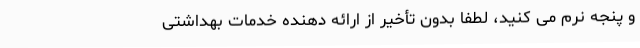
و پنجه نرم می کنید، لطفاً بدون تأخیر از ارائه دهنده خدمات بهداشتی